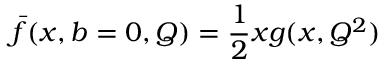
\bar { f } ( x , b = 0 , Q ) = { \frac { 1 } { 2 } } x g ( x , Q ^ { 2 } )